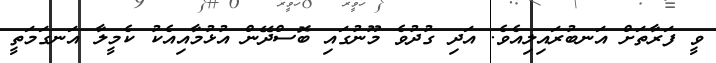
ވީ ފަރާތަށް އަނބުރައިލިއެވެ. އަދި ގުދުވެ މޫނުގައި ބޮސްދޭން އުޅުމާއިއެކު ކެމީލާ އަނގަމަތީ